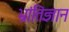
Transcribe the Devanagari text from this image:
भ्रांतिज्ञान